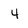
Character: 4